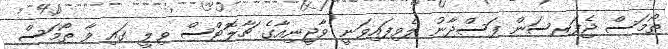
ތޯމަސް ޖެފަރސަން ފަސްދާނު ލެވިފައިވަނީ ވާޖީނިއާގެ ޗާލޮޓްސް ވިލީ ގައި ވާ ތޯމަސް